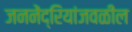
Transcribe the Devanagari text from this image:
जननेंद्रियांजवळील